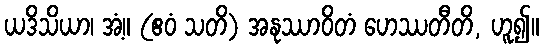
ယဒိသိယာ၊ အံ့။ (ဧဝံ သတိ) အနုဿာဝိတံ ဟေဿတီတိ, ဟူ၍။